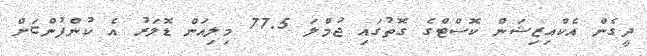
ދީގެން އެކްއިޒިޝަން ކޮސްޓްގެ ގޮތުގައި ޖުމްލަ 77.5 މިލިއަން ޑޮލަރު އެ ކުންފުންޏަށް